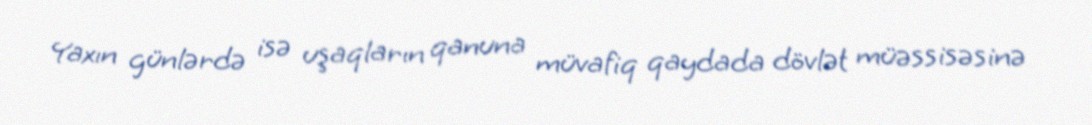
Yaxın günlərdə isə uşaqların qanuna müvafiq qaydada dövlət müəssisəsinə